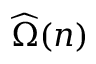
\widehat { \Omega } ( n )